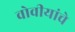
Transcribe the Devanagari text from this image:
वोवीयांचे